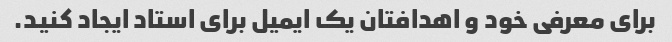
برای معرفی خود و اهدافتان یک ایمیل برای استاد ایجاد کنید.